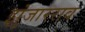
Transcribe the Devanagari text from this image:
झुंजारराव